Annual report on the mental hospital in the Central Provinces and Berar (Nagpur) - 1927-1951
Year: 1927
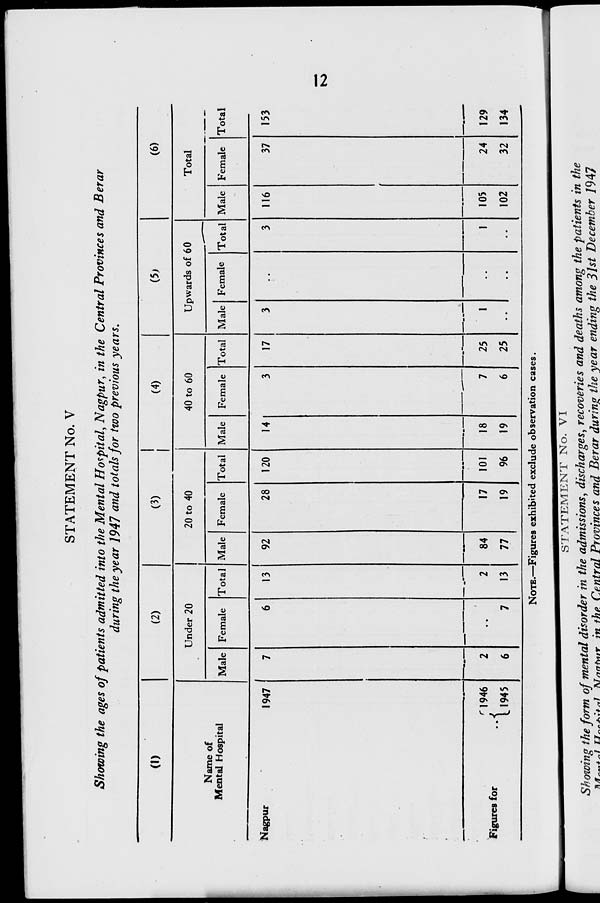
STATEMENT No. V
Showing the ages of patients admitted into the Mental Hospital, Nagpur, in the Central Provinces and Berar
during the year 1947 and totals for two previous years.
(1)
(2)
0)
(4)
(5;
(6)
Under 20
20 to 40
40 to 60
Upwards of 60
Total
Name of
Mental Hospital
Male Female Total Male Female Total Male Female Total Male Female Total Male Female Total
Nagpur
I947
7
2
6
6
13
2
13
92
84
77
28
120
14
3
17
25
25
3
1
3
1
116
105
102
37
24
32
153
r 1946
Figures for
.A
11945
7
17
19
101
96
18
19
7
' 1
..
129
134
NOTE.—Figures exhibited exclude observation cases.
^^^^™
STATEMENT No. VI
Showing the form of mental disorder in the admissions, discharges, recoveries and deaths among the patients in the
nA„«*5 uJ*;*„i ATno*»,Y in the Central Provinces and Berar during the year ending the 31st December 1947
K>